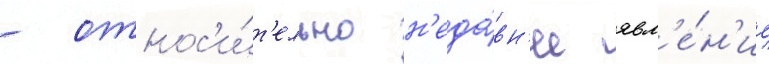
- относ'и́т'ельно н'еда́вн'ее явл'е́н'ие